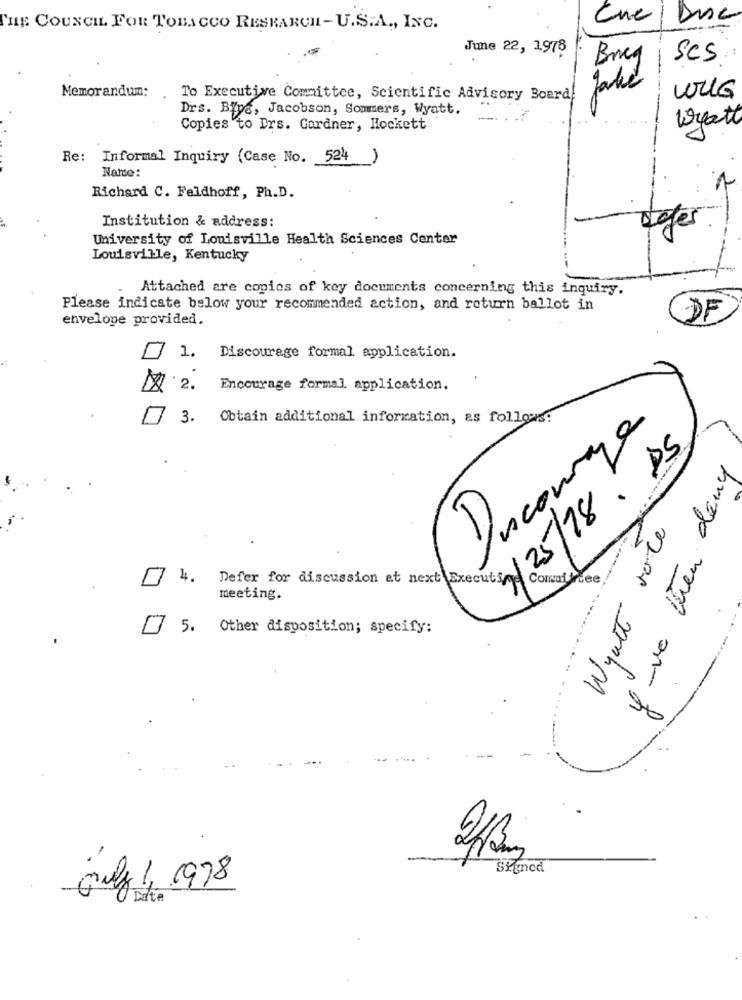
Disc
THE COUNCIL FOR TOBACCO RESEARCH- U.S.A ., INC.
June 22, 1978
Brug
SCS
Memorandum:
To Executive Committee, Scientific Advisory Board
Drs. Biye, Jacobson, Sommers, Wyatt.
Copies to Ers. Gardner, Hockett
wyatt
Re: Informal Inquiry (Case No. 524 )
Name:
Richard C. Feldhoff, Ph.D.
defer
Institution & address:
University of Louisville Health Sciences Center
Louisville, Kentucky
Attached are copics of key documents concerning this inquiry.
Please indicate below your recommended action, and return ballot in
envelope provided.
1. Discourage formal application.
2.
Encourage formal application.
3.
Obtain additional information, as follows:
Ducourage
25/18 . DS
y -ve then dany
Wyatt vote
4.
Defer for discussion et next Execut
Comai free !
meeting.
5. Other disposition; specify:
Signed
July 1 978